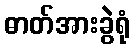
ဓာတ်အားခွဲရုံ